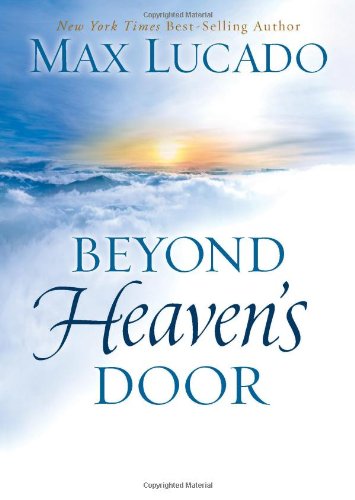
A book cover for Beyond Heaven's Door; Max Lucado; Christian Books & Bibles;